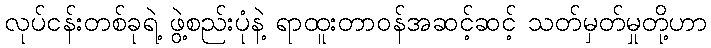
လုပ်ငန်းတစ်ခုရဲ့ ဖွဲ့စည်းပုံနဲ့ ရာထူးတာဝန်အဆင့်ဆင့် သတ်မှတ်မှုတို့ဟာ